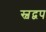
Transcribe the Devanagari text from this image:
स्वद्वप